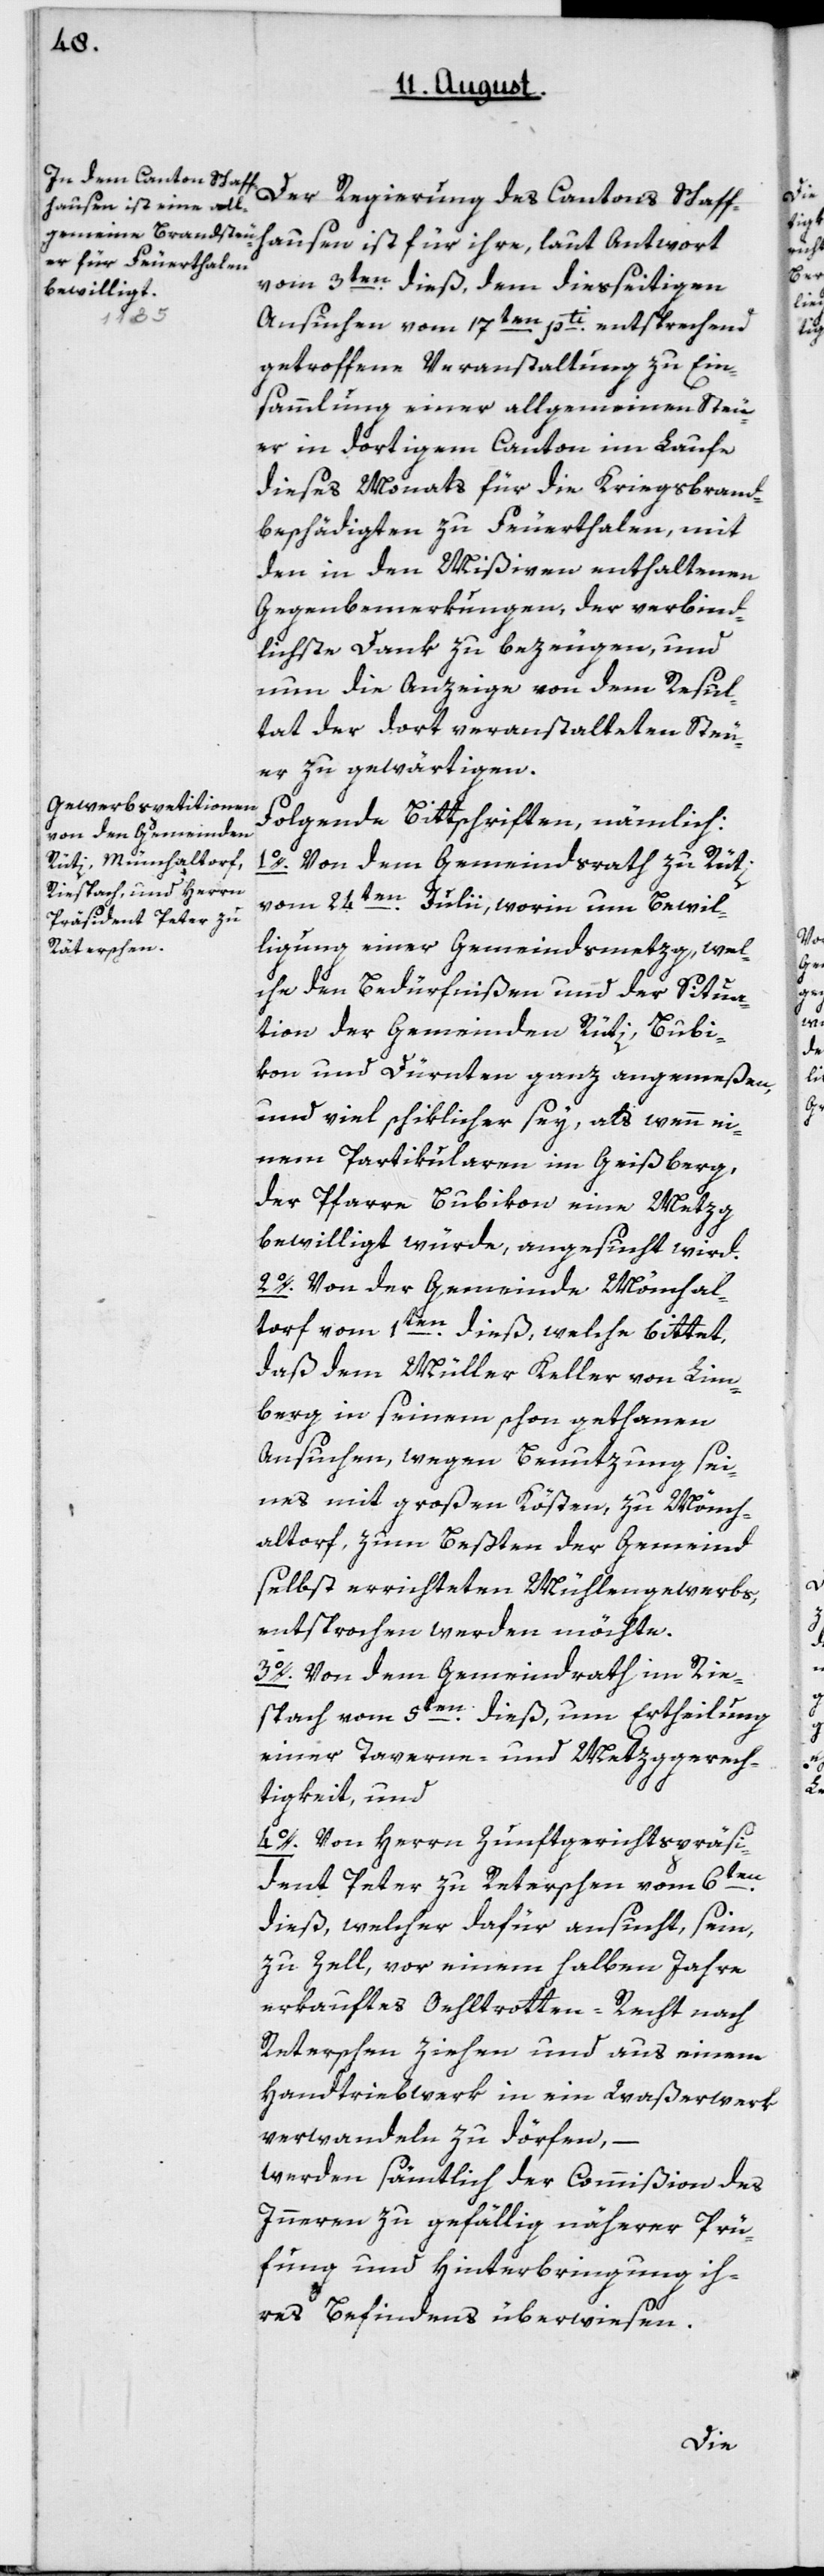
Der Regierung des Cantons Schaff¬
hausen ist für ihre, laut Antwort
vom 3ten dieß, dem dießeitigen
Ansuchen vom 17ten pti entsprechend
getroffene Veranstaltung zu Ein¬
sammlung einer allgemeinen Steu¬
er in dortigem Canton im Laufe
dieses Monats für die Kriegsbrand¬
beschädigten zu Feuerthalen, mit
den in den Mißiven enthaltenen
Gegenbemerkungen, der verbind¬
lichste Dank zu bezeugen, und
nun die Anzeige von dem Resul¬
tat der dort veranstalteten Steu¬
er zu gewärtigen.
Folgende Bittschriften, nämmlich:
1o. Von dem Gemeindrath zu Rüti,
vom 24ten Julii, worinn um Bewil¬
ligung einer Gemeindsmetzg, wel¬
che den Bedürfnißen und der Situa¬
tion der Gemeinden Rüti, Bubi¬
kon und Dürnten ganz angemeßen,
und viel schiklicher sey, als wenn ei¬
nem Partikularen im Geißberg,
der Pfarre Bubikon eine Metzg
bewilligt würde, angesucht wird.
2o. Von der Gemeinde Mönchal¬
torf vom 1ten dieß, welche bittet,
daß dem Müller Keller von Lim¬
berg in seinem schon gethanen
Ansuchen, wegen Benutzung sei¬
nes mit großen Kösten zu Mönch¬
altorf, zum Besten der Gemeind
selbst errichteten Mühlengewerbs,
entsprochen werden möchte.
3o. Von dem Gemeindrath im Rie¬
sbach vom 5ten dieß, um Ertheilung
einer Taverne- und Metzggerech¬
tigkeit, und
4o. Von Herrn Zunftgerichtspräsi¬
dent Peter zu Rätherschen vom 6ten
dieß, welcher dafür ansucht, sein
zu Zell vor einem halben Jahre
erkauftes Oehltrotten-Recht nach
Rätherschen ziehen und aus einem
Handtriebwerk in ein Waßerwerk
verwandeln zu dörfen,
werden sämtlich der Commißion des
Innern zu gefällig näherer Prü¬
fung und Hinterbringung ih¬
res Befindes überwiesen.